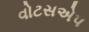
વોટસએપ